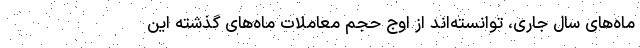
ماه‌های سال جاری، توانسته‌اند از اوج حجم معاملات ماه‌های گذشته این